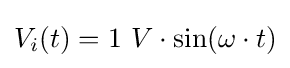
V_{i}(t)=1\ V\cdot \sin(\omega \cdot t)